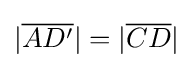
|{\overline {AD'}}|=|{\overline {CD}}|